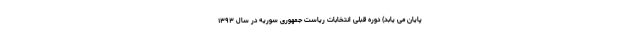
پایان می یابد) دوره قبلی انتخابات ریاست جمهوری سوریه در سال ۱۳۹۳